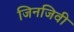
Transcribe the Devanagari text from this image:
जिनजिवी